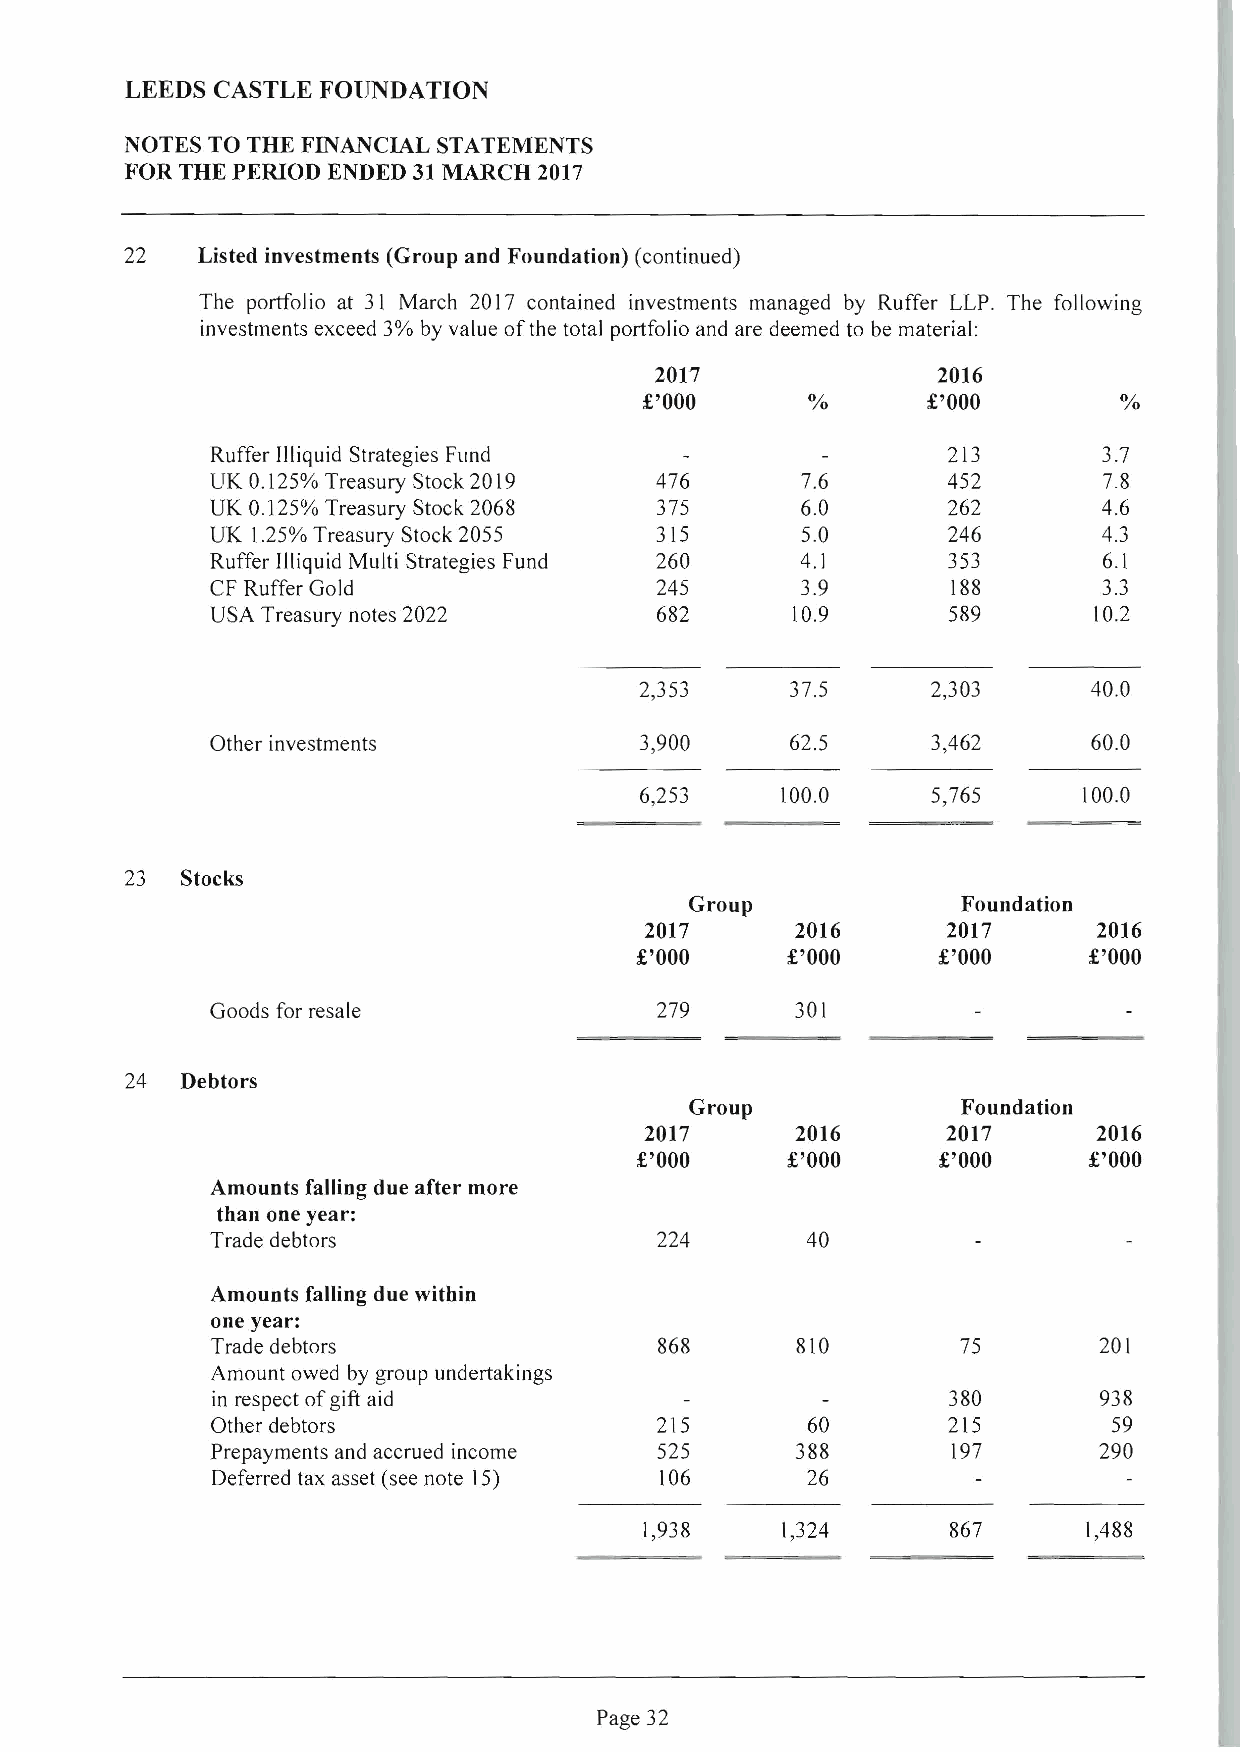
LEEDS CASTLE FOUNDATION
 NOTES TO THE FINAt'lClAL STATEMENTS
 FOR THE PERIOD ENDED 31 MARCH 2017
 22   Listed investments (Group and Foundation) (continued)
 The portfolio at 31 March 2017 contained investments managed by Ruffer LLP . The following
 investments exceed 3% by value of the total portfolio and are deemed to be material:
 2017               2016
 £'000     0/0     £'000        0/0
 Ruffer Illiquid Strategies Fund                  213       3.7
 UK 0.125% Treasury Stock 2019 476      7.6       452       7.8
 UK 0.125% Treasury Stock 2068 375      6.0       262       4.6
 UK 1.25% Treasury Stock 2055 315       5.0       246       4.3
 Ruffer Illiquid Multi Strategies Fund 260 4.1    353       6.1
 CF Ruffer Gold               245       3.9       188       3.3
 USA Treasury notes 2022      682      10.9       589      10.2
 2,353     37.5      2,303     40 .0
 Other investments           3,900     62.5      3,462     60.0
 6,253     100.0     5,765     100.0
 23  Stocks
 Group             Foundation
 2017      2016      2017      2016
 £'000     £'000     £'000     £'000
 Goods for resale             279       301
 24  Debtors
 Group             Foundation
 2017      2016      2017      2016
 £'000     £'000     £'000     £'000
 Amounts falling due after more
 than one year:
 Trade debtors                224       40
 Amounts falling due within
 one year:
 Trade debtors                 868      810        75       201
 Amount owed by group undertakings
 in respect of gift aid                           380       938
 Other debtors                215       60        215        59
 Prepayments and accrued income 525     388       197       290
 Deferred tax asset (see note 15) 106   26
 1,938    1,324      867      1,488
 Page 32